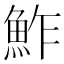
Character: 鮓